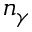
n _ { \gamma }